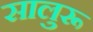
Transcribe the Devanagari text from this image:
सालुरू